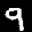
Label: 9